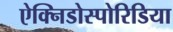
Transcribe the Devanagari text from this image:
ऐक्निडोस्पोरिडिया